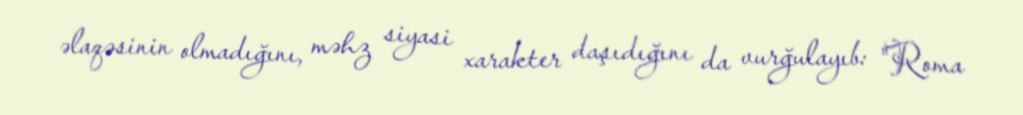
əlaqəsinin olmadığını, məhz siyasi xarakter daşıdığını da vurğulayıb: "Roma